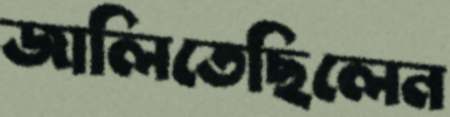
জালিতেছিলেন